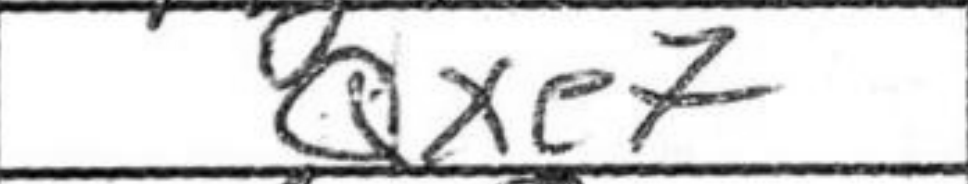
Transcription: Qxe7